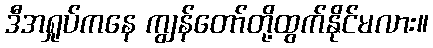
ဒီအရှုပ်ကနေ ကျွန်တော်တို့ထွက်နိုင်မလား။